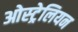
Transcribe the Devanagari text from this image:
ओस्ट्रेलियन